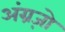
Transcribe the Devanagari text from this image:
अंग्रज़ो